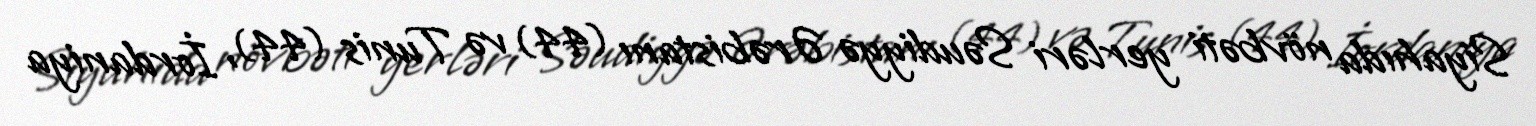
Siyahıda növbəti yerləri Səudiyyə Ərəbistanı (44) və Tunis (44), İordaniya